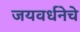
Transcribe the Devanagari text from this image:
जयवर्धनेचे